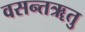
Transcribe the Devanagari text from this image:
वसन्तॠतु